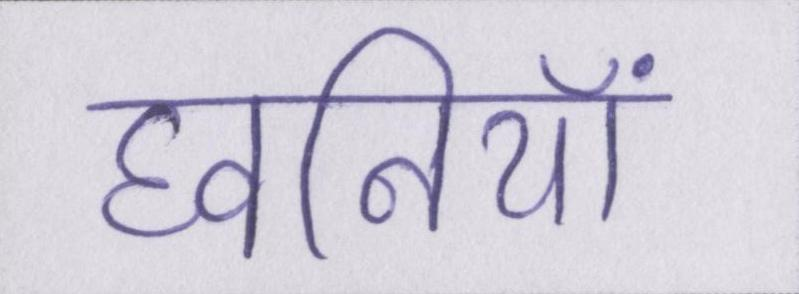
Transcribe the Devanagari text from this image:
घ्वनियां